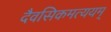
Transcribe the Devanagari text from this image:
दैवसिकमत्ययम्‌